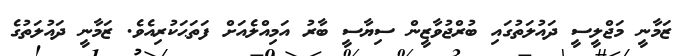
ޒަމާނީ މަޖްލީސީ ދައުލަތުގައި ބުރްޖުވާޒީން ސިޔާސީ ބާރު އަމިއްލެއަށް ފަތަޙަކުރިއެވެ. ޒަމާނީ ދައުލަތުގެ